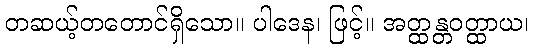
တဆယ့်တတောင်ရှိသော။ ပါဒေန၊ ဖြင့်။ အတ္ထန္တဝတ္ထာယ၊